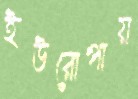
ইউরোপায়